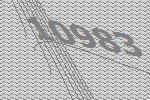
10983